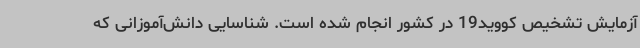
آزمایش تشخیص کووید19 در کشور انجام شده است. شناسایی دانش‌آموزانی که